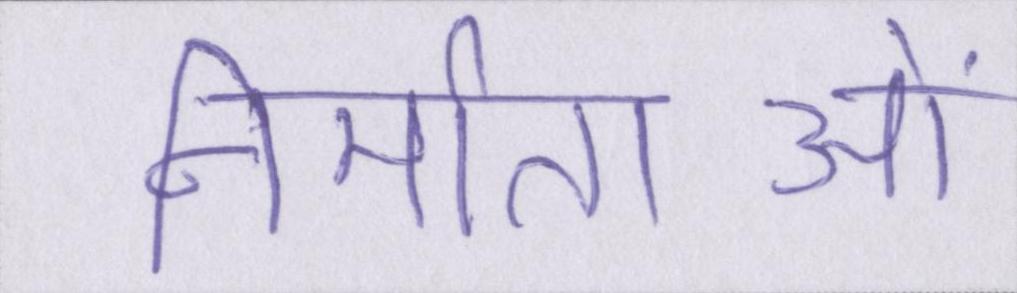
निर्माताओं